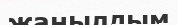
жаңылдым